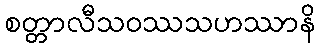
စတ္တာလီသဝဿသဟဿာနိ